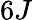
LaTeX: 6J